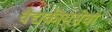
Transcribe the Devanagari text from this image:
वैद्यकीयसेवा